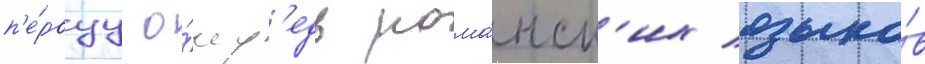
п'е́рвуу о́чер'едь рома́нск'их языко́в